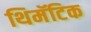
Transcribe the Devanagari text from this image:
थिमॅटिक